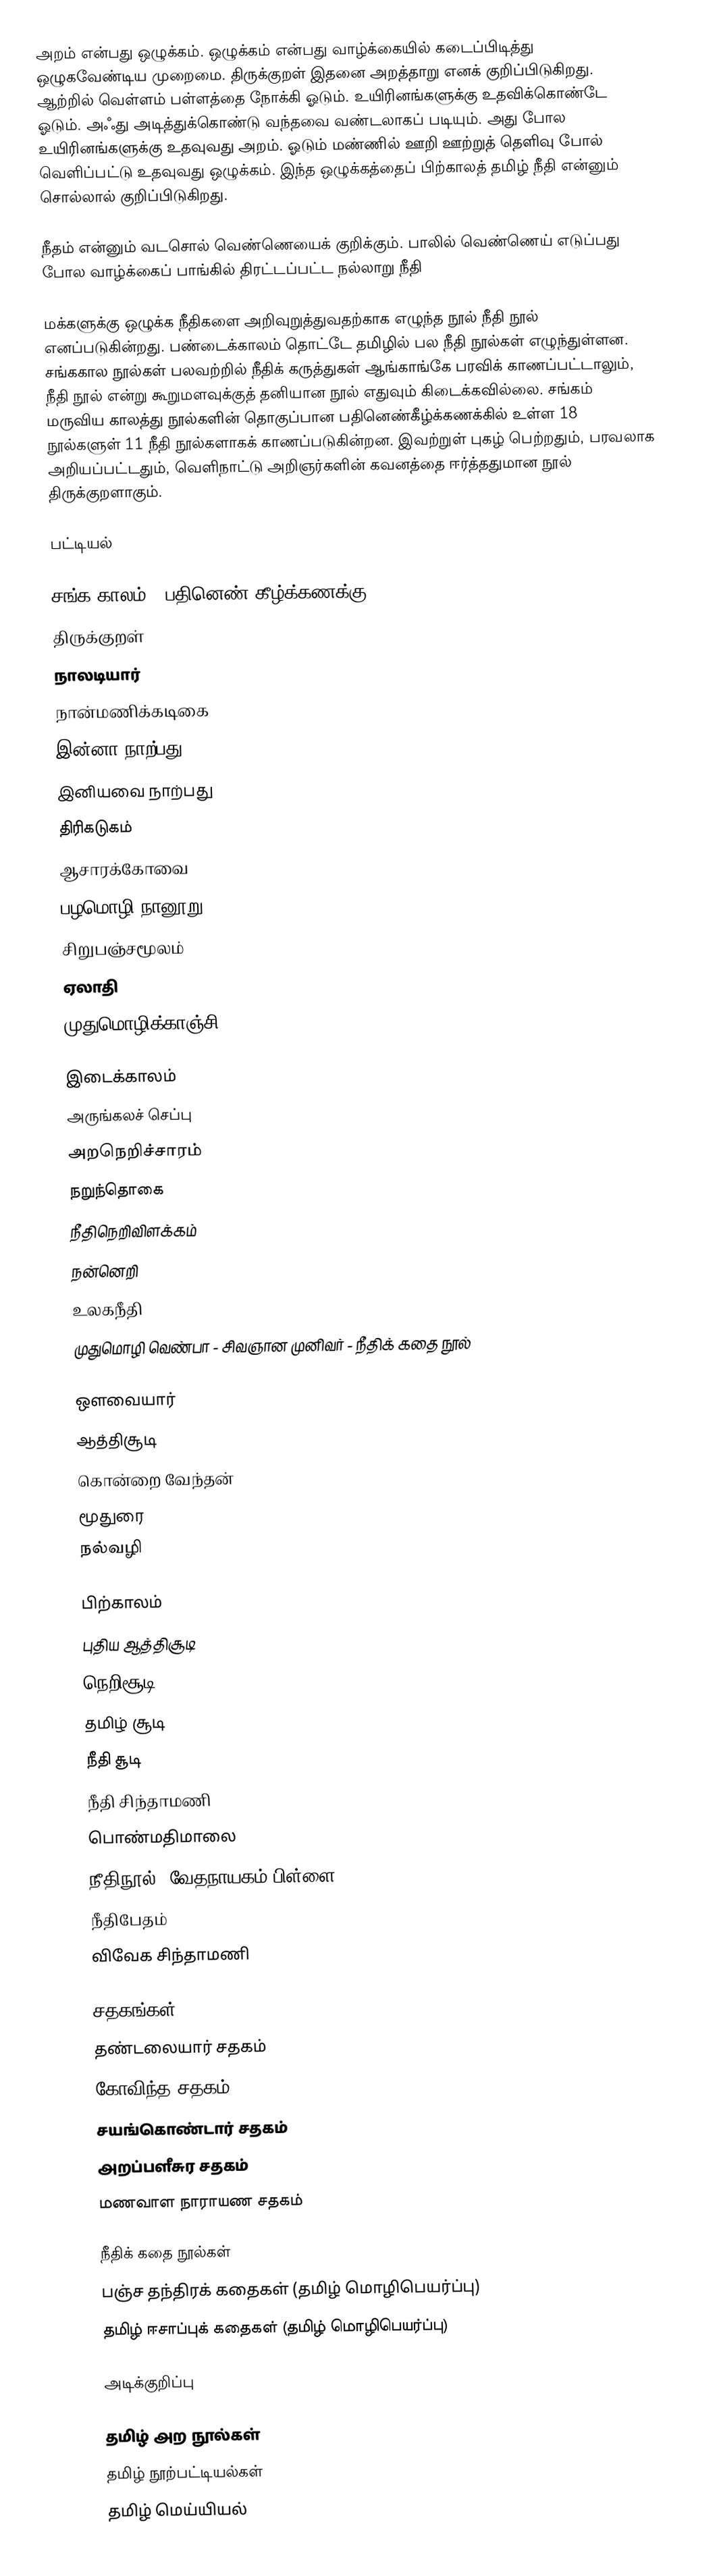
அறம் என்பது ஒழுக்கம். ஒழுக்கம் என்பது வாழ்க்கையில் கடைப்பிடித்து ஒழுகவேண்டிய முறைமை. திருக்குறள் இதனை அறத்தாறு  எனக் குறிப்பிடுகிறது. ஆற்றில் வெள்ளம் பள்ளத்தை நோக்கி ஓடும். உயிரினங்களுக்கு உதவிக்கொண்டே ஓடும். அஃது அடித்துக்கொண்டு வந்தவை வண்டலாகப் படியும். அது போல உயிரினங்களுக்கு உதவுவது அறம். ஓடும் மண்ணில் ஊறி ஊற்றுத் தெளிவு போல் வெளிப்பட்டு உதவுவது ஒழுக்கம். இந்த ஒழுக்கத்தைப் பிற்காலத் தமிழ் நீதி என்னும் சொல்லால் குறிப்பிடுகிறது.

நீதம் என்னும் வடசொல் வெண்ணெயைக் குறிக்கும். பாலில் வெண்ணெய் எடுப்பது போல வாழ்க்கைப் பாங்கில் திரட்டப்பட்ட நல்லாறு  நீதி

மக்களுக்கு ஒழுக்க நீதிகளை அறிவுறுத்துவதற்காக எழுந்த நூல் நீதி நூல் எனப்படுகின்றது. பண்டைக்காலம் தொட்டே தமிழில் பல நீதி நூல்கள் எழுந்துள்ளன. சங்ககால நூல்கள் பலவற்றில் நீதிக் கருத்துகள் ஆங்காங்கே பரவிக் காணப்பட்டாலும், நீதி நூல் என்று கூறுமளவுக்குத் தனியான நூல் எதுவும் கிடைக்கவில்லை. சங்கம் மருவிய காலத்து நூல்களின் தொகுப்பான பதினெண்கீழ்க்கணக்கில் உள்ள 18 நூல்களுள் 11 நீதி நூல்களாகக் காணப்படுகின்றன. இவற்றுள் புகழ் பெற்றதும், பரவலாக அறியப்பட்டதும், வெளிநாட்டு அறிஞர்களின் கவனத்தை ஈர்த்ததுமான நூல்  திருக்குறளாகும்.

பட்டியல்

சங்க காலம் - பதினெண் கீழ்க்கணக்கு
 திருக்குறள்
 நாலடியார்
 நான்மணிக்கடிகை
 இன்னா நாற்பது
 இனியவை நாற்பது
 திரிகடுகம்
 ஆசாரக்கோவை
 பழமொழி நானூறு
 சிறுபஞ்சமூலம்
 ஏலாதி
 முதுமொழிக்காஞ்சி

இடைக்காலம்
 அருங்கலச் செப்பு
 அறநெறிச்சாரம்
 நறுந்தொகை
 நீதிநெறிவிளக்கம்
 நன்னெறி
 உலகநீதி
 முதுமொழி வெண்பா - சிவஞான முனிவர் - நீதிக் கதை நூல்

ஔவையார்
 ஆத்திசூடி
 கொன்றை வேந்தன்
 மூதுரை
நல்வழி

பிற்காலம்
 புதிய ஆத்திசூடி
 நெறிசூடி
 தமிழ் சூடி
 நீதி சூடி
 நீதி சிந்தாமணி
 பொண்மதிமாலை
 நீதிநூல் (வேதநாயகம் பிள்ளை)
 நீதிபேதம்
 விவேக சிந்தாமணி

சதகங்கள்
 தண்டலையார் சதகம்
 கோவிந்த சதகம்
 சயங்கொண்டார் சதகம்
 அறப்பளீசுர சதகம்
 மணவாள நாராயண சதகம்

நீதிக் கதை நூல்கள்
 பஞ்ச தந்திரக் கதைகள் (தமிழ் மொழிபெயர்ப்பு)
 தமிழ் ஈசாப்புக் கதைகள் (தமிழ் மொழிபெயர்ப்பு)

அடிக்குறிப்பு

தமிழ் அற நூல்கள்
தமிழ் நூற்பட்டியல்கள்
தமிழ் மெய்யியல்